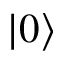
\left| 0 \right\rangle